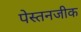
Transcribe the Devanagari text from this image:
पेस्तनजीक